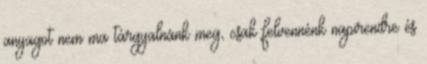
anyagot nem ma tárgyalnánk meg, csak felvennénk napirendre és